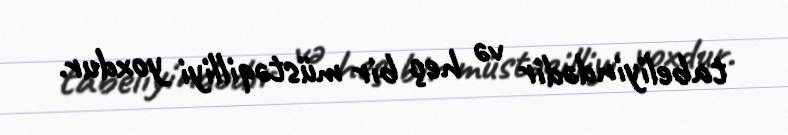
tabeliyindədir və heç bir müstəqilliyi yoxdur.